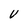
Character: V